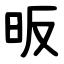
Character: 昄